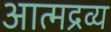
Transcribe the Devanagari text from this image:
आत्मद्रव्य